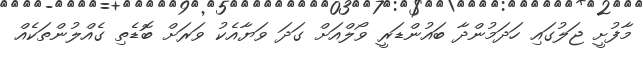
މާފުށީ ޖަލުގައި ހަދަމުންދާ ބައުންޑަރީ ވޯލްއަށް ގަދަ ވަޔާއެކު ވަރަށް ބޮޑެތި ގެއްލުންތަކެއް